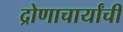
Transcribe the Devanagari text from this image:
द्रोणाचार्यांची